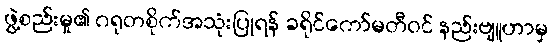
ဖွဲ့စည်းမှု၏ ဂရုတစိုက်အသုံးပြုရန် ခရိုင်ကော်မတီဝင် နည်းဗျူဟာမှ